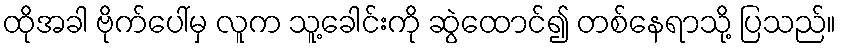
ထိုအခါ ဗိုက်ပေါ်မှ လူက သူ့ခေါင်းကို ဆွဲထောင်၍ တစ်နေရာသို့ ပြသည်။